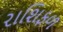
રાશિફળ